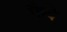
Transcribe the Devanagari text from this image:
फैदे